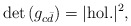
\begin{align*}\det{(g_{c{\bar d}})}= |{\rm hol.}|^2,\end{align*}